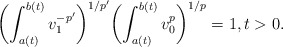
\begin{align*}\biggl(\int_{a(t)}^{b(t)}v_1^{-p'}\biggr)^{1/p'}\biggl(\int_{a(t)}^{b(t)}v_0^p\biggr)^{1/p}=1,t>0.\end{align*}